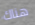
هناك